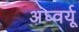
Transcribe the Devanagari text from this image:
अघ्वर्यू